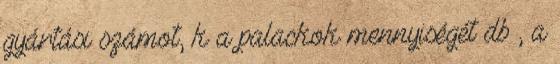
gyártási számot, k a palackok mennyiségét db , a